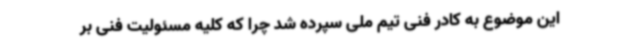
این موضوع به کادر فنی تیم ملی سپرده شد چرا که کلیه مسئولیت فنی بر